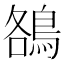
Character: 鵅